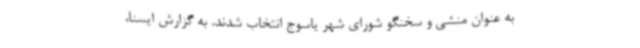
به عنوان منشی و سخنگو شورای شهر یاسوج انتخاب شدند. به گزارش ایسنا،